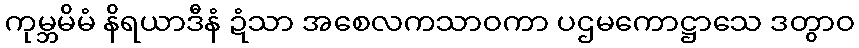
ကုမ္ဘမိမံ နိရယာဒီနံ ဍံသာ အစေလကသာဝကာ ပဌမကောဋ္ဌာသေ ဒတွာဝ